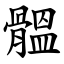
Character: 䯠